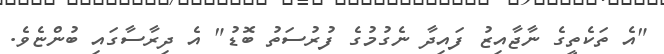
"އެ ތަކެތީގެ ނާޖާއިޒު ފައިދާ ނެގުމުގެ ފުރުސަތު ބޮޑު" އެ ދިރާސާގައި ބުންޏެވެ.